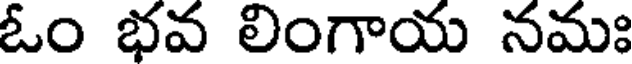
ఓం భవ లింగాయ నమః